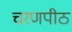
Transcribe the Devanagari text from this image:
चरणपीठ